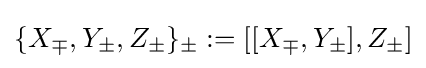
\{X_{\mp },Y_{\pm },Z_{\pm }\}_{\pm }:=[[X_{\mp },Y_{\pm }],Z_{\pm }]